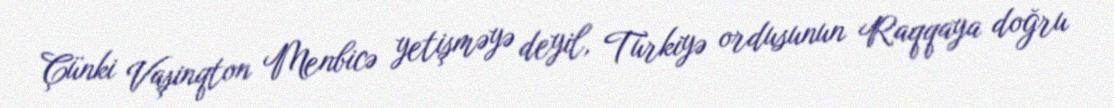
Çünki Vaşinqton Menbicə yetişməyə deyil, Türkiyə ordusunun Raqqaya doğru